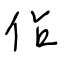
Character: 佔